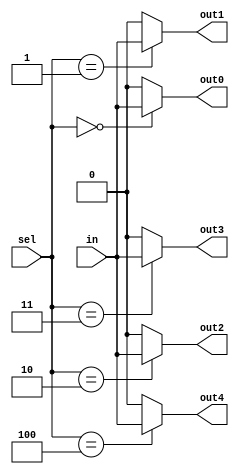
module Demultiplexer5(out0, out1, out2, out3, out4, in, sel);
  parameter WIDTH = 1;
  output reg [WIDTH-1:0] out0, out1, out2, out3, out4;
  input [WIDTH-1:0] in;
  input [2:0] sel;
  
  always @ (*) begin
    out0 = 0;
    out1 = 0;
    out2 = 0;
    out3 = 0;
    out4 = 0;
    case (sel)
      0 : out0 = in;
      1 : out1 = in;
      2 : out2 = in;
      3 : out3 = in;
      4 : out4 = in;
    endcase
  end
endmodule